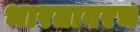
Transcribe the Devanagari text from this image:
भारतावरच